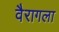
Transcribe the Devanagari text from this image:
वैरागला